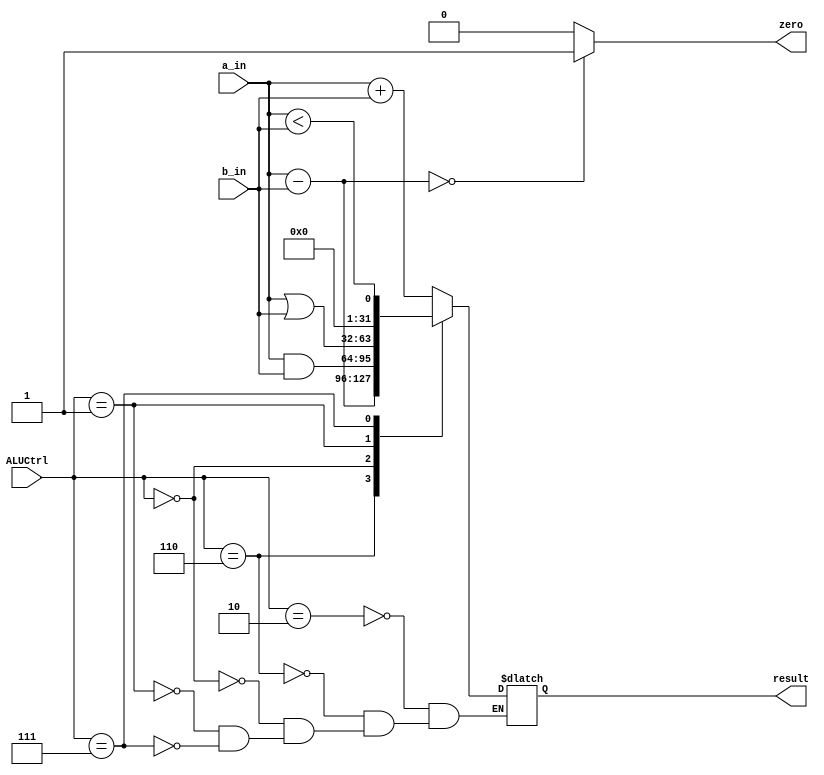
module ALU (
    input signed [31:0] a_in, b_in,
    input [3:0] ALUCtrl,
    output reg signed [31:0] result,
    output zero
);

//ALUctrl 
//add=4'b0010
//sub=4'b0110
//and=4'b0000
//or=4'b0001
//slt=4'b0111
    always @(*) begin
        case(ALUCtrl) 
        4'b0010:    result = a_in + b_in;
        4'b0110:    result = a_in - b_in;
        4'b0000:    result = a_in & b_in;
        4'b0001:    result = a_in | b_in;
        4'b0111:    result = a_in < b_in;      
        

        endcase
    end
    assign zero = !(a_in-b_in) ? 1:0;          //a-b=0 1,  0
endmodule